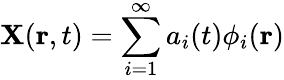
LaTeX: \mathbf{X}(\mathbf{r},t)=\sum_{i=1}^{\infty}a_{i}(t)\phi_{i}(\mathbf{r})